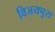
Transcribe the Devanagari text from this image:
विजयपुरा